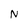
Character: N